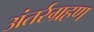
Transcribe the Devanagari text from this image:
अंतर्रग्रहण